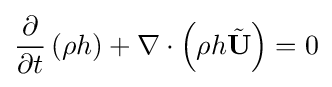
{\frac {\partial }{\partial t}}\left(\rho h\right)+\nabla \cdot \left(\rho h{\tilde {\mathbf {U} }}\right)=0